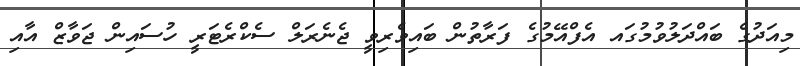
މިއަދުގެ ބައްދަލުވުމުގައ އެފްއޭމުގެ ފަރާތުން ބައިވެރިވީ ޖެނެރަލް ސެކްރެޓަރީ ހުސައިން ޖަވާޒް އާއި